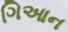
ગિઆન